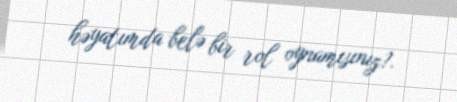
həyatımda belə bir rol oynamısınız?.